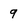
Character: 9